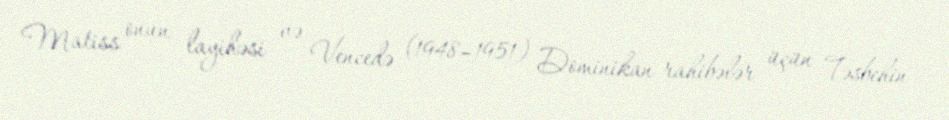
Matiss onun layihəsi və Vencedə (1948–1951) Dominikan rahibələr üçün Təsbehin